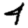
Digit: 4